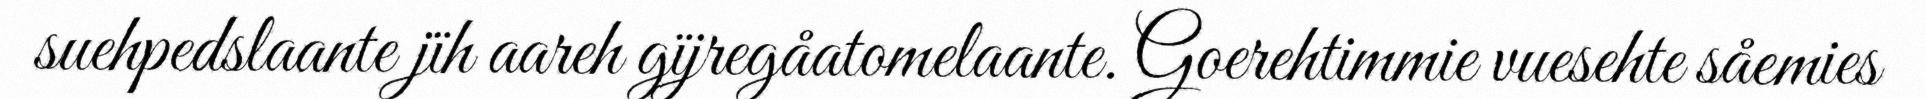
suehpedslaante jïh aareh gïjregåatomelaante. Goerehtimmie vuesehte såemies